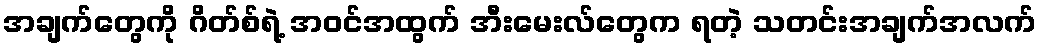
အချက်တွေကို ဂိတ်စ်ရဲ့ အဝင်အထွက် အီးမေးလ်တွေက ရတဲ့ သတင်းအချက်အလက်